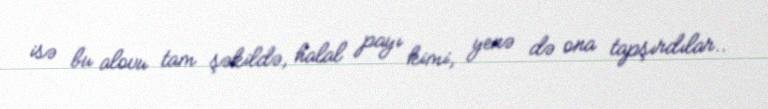
isə bu alovu tam şəkildə, halal payı kimi, yenə də ona tapşırdılar..